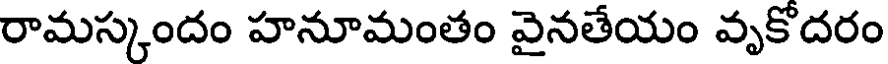
రామస్కందం హనూమంతం వైనతేయం వృకోదరం